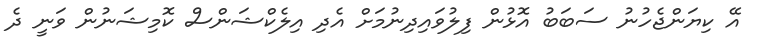
އޭ ކިޔަންޖެހުނު ސަބަބު އޮޅުން ފިލުވައިދިނުމަށް އެދި އިލެކްޝަންސް ކޮމިޝަނުން ވަނީ ދެ